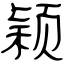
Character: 颖